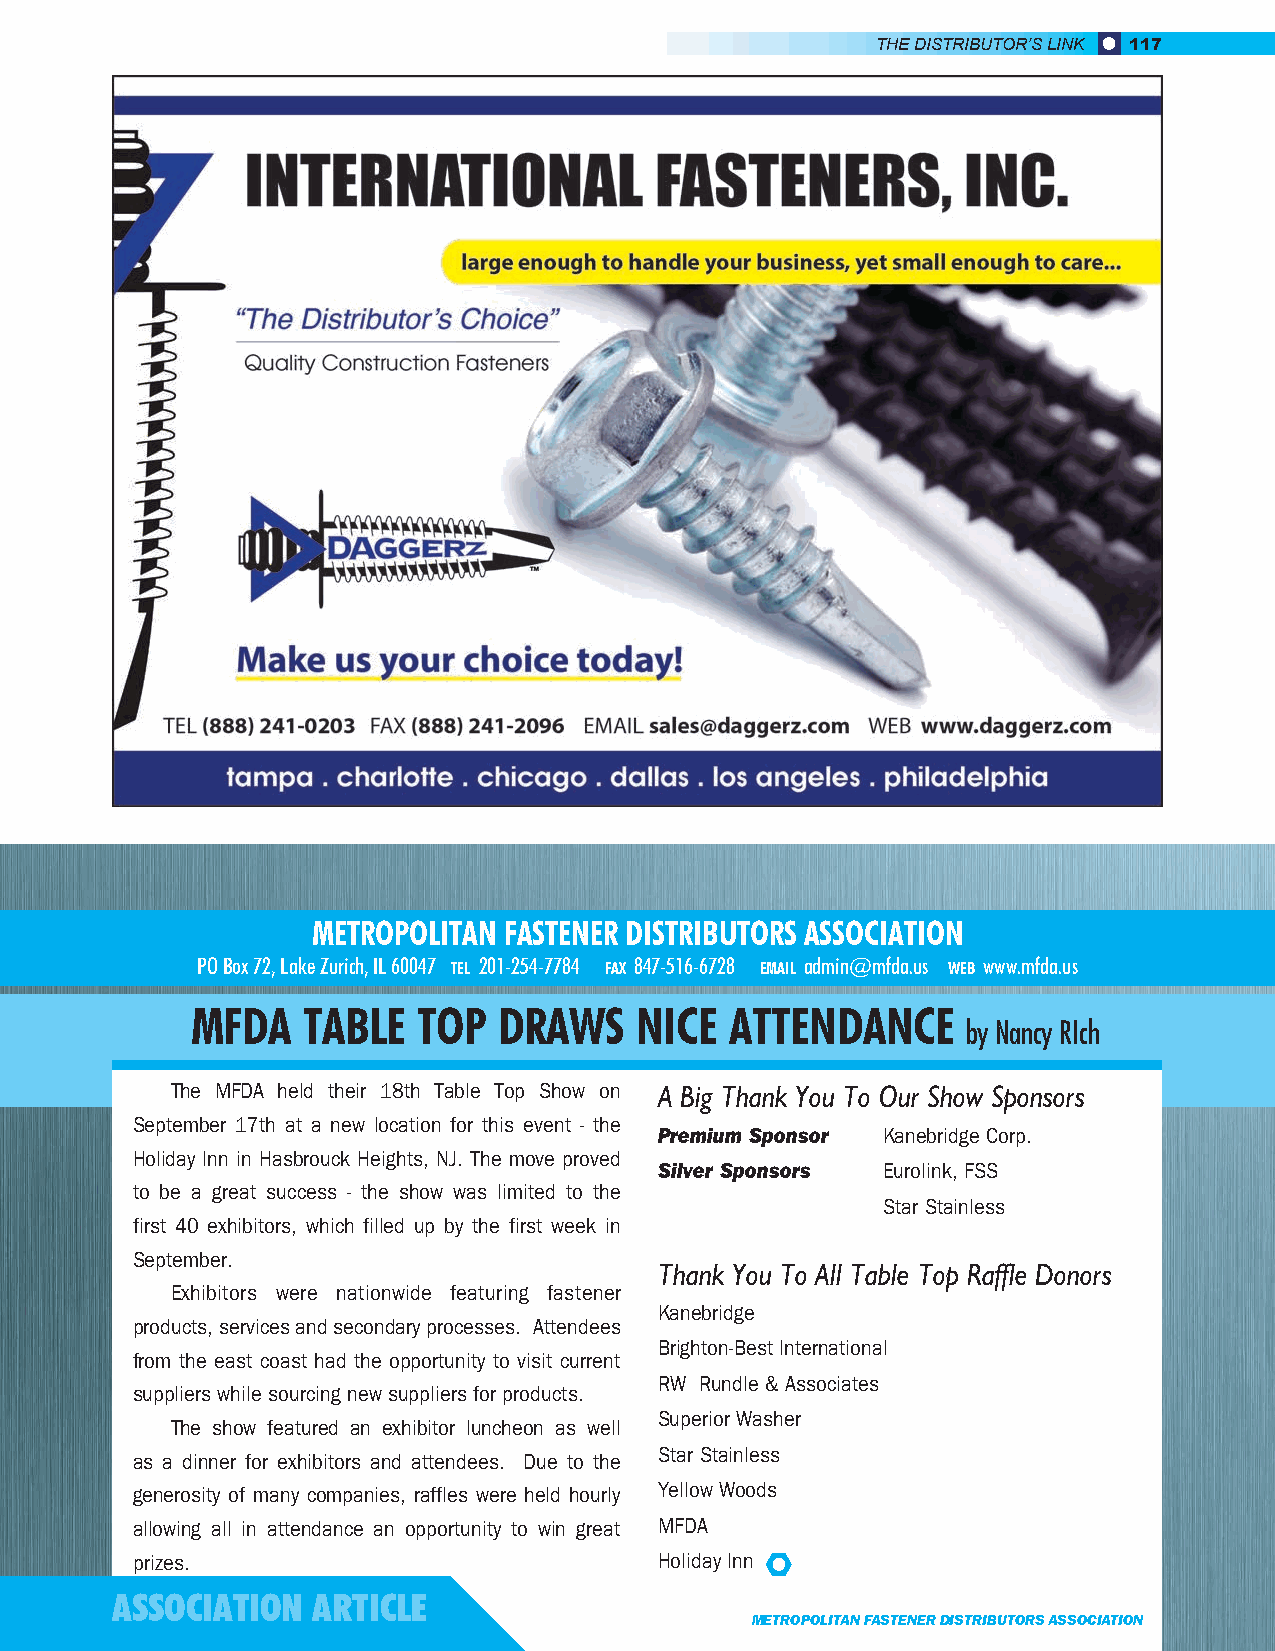
THE DISTRIBUTOR’S LINK 117
 METROPOLITAN FASTENER DISTRIBUTORS ASSOCIATION
 PO Box 72, Lake Zurich, IL 60047 TEL 201-254-7784 FAX 847-516-6728 EMAIL admin@mfda.us WEB www.mfda.us
 MFDA   TABLE   TOP  DRAWS    NICE  ATTENDANCE
 by Nancy RIch
 The MFDA held their 18th Table Top Show on A Big Thank You To Our Show Sponsors
 September 17th at a new location for this event - the
 Premium Sponsor Kanebridge Corp.
 Holiday Inn in Hasbrouck Heights, NJ. The move proved
 Silver Sponsors Eurolink, FSS
 to be a great success - the show was limited to the
 Star Stainless
 first 40 exhibitors, which filled up by the first week in
 September.
 Thank You To All Table Top Raffle Donors
 Exhibitors were nationwide featuring fastener
 Kanebridge
 products, services and secondary processes. Attendees
 Brighton-Best International
 from the east coast had the opportunity to visit current
 RW Rundle & Associates
 suppliers while sourcing new suppliers for products.
 Superior Washer
 The show featured an exhibitor luncheon as well
 Star Stainless
 as a dinner for exhibitors and attendees. Due to the
 generosity of many companies, raffles were held hourly Yellow Woods
 allowing all in attendance an opportunity to win great MFDA
 prizes.                            Holiday Inn
 ASSOCIATION   ARTICLE
 METROPOLITAN FASTENER DISTRIBUTORS ASSOCIATION